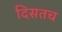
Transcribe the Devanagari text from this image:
दिसतच